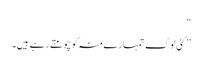
‘‘
’’کئی لوگ تمہارے منہ کو چومتے رہے ہیں۔